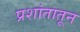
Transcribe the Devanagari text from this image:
प्रशांतातून